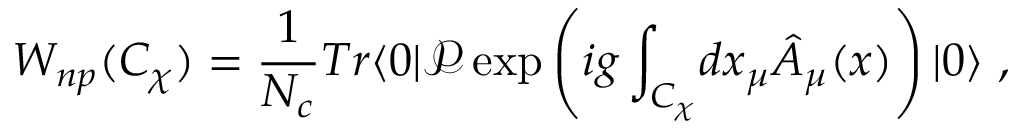
W _ { n p } ( C _ { \chi } ) = { \frac { 1 } { N _ { c } } } T r \langle 0 | \mathcal { P } \exp \left( i g \int _ { C _ { \chi } } \! d x _ { \mu } \hat { A } _ { \mu } ( x ) \right) | 0 \rangle \ ,